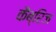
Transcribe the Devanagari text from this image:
कैब्रिज